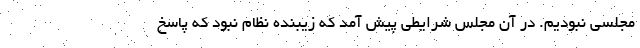
مجلسی نبودیم. در آن مجلس شرایطی پیش آمد که زیبنده نظام نبود که پاسخ